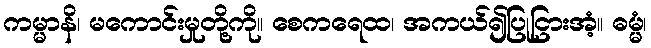
ကမ္မာနိ၊ မကောင်းမှုတို့ကို။ စေကရေထ၊ အကယ်၍ပြုငြားအံ့။ ဓမ္မံ၊